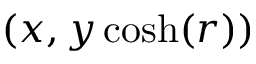
( x , y \cosh ( r ) )